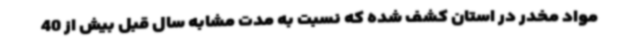
مواد مخدر در استان کشف شده که نسبت به مدت مشابه سال قبل بیش از 40